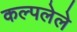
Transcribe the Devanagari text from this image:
कल्पलेले